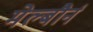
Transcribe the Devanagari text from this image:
मेल्बौर्न